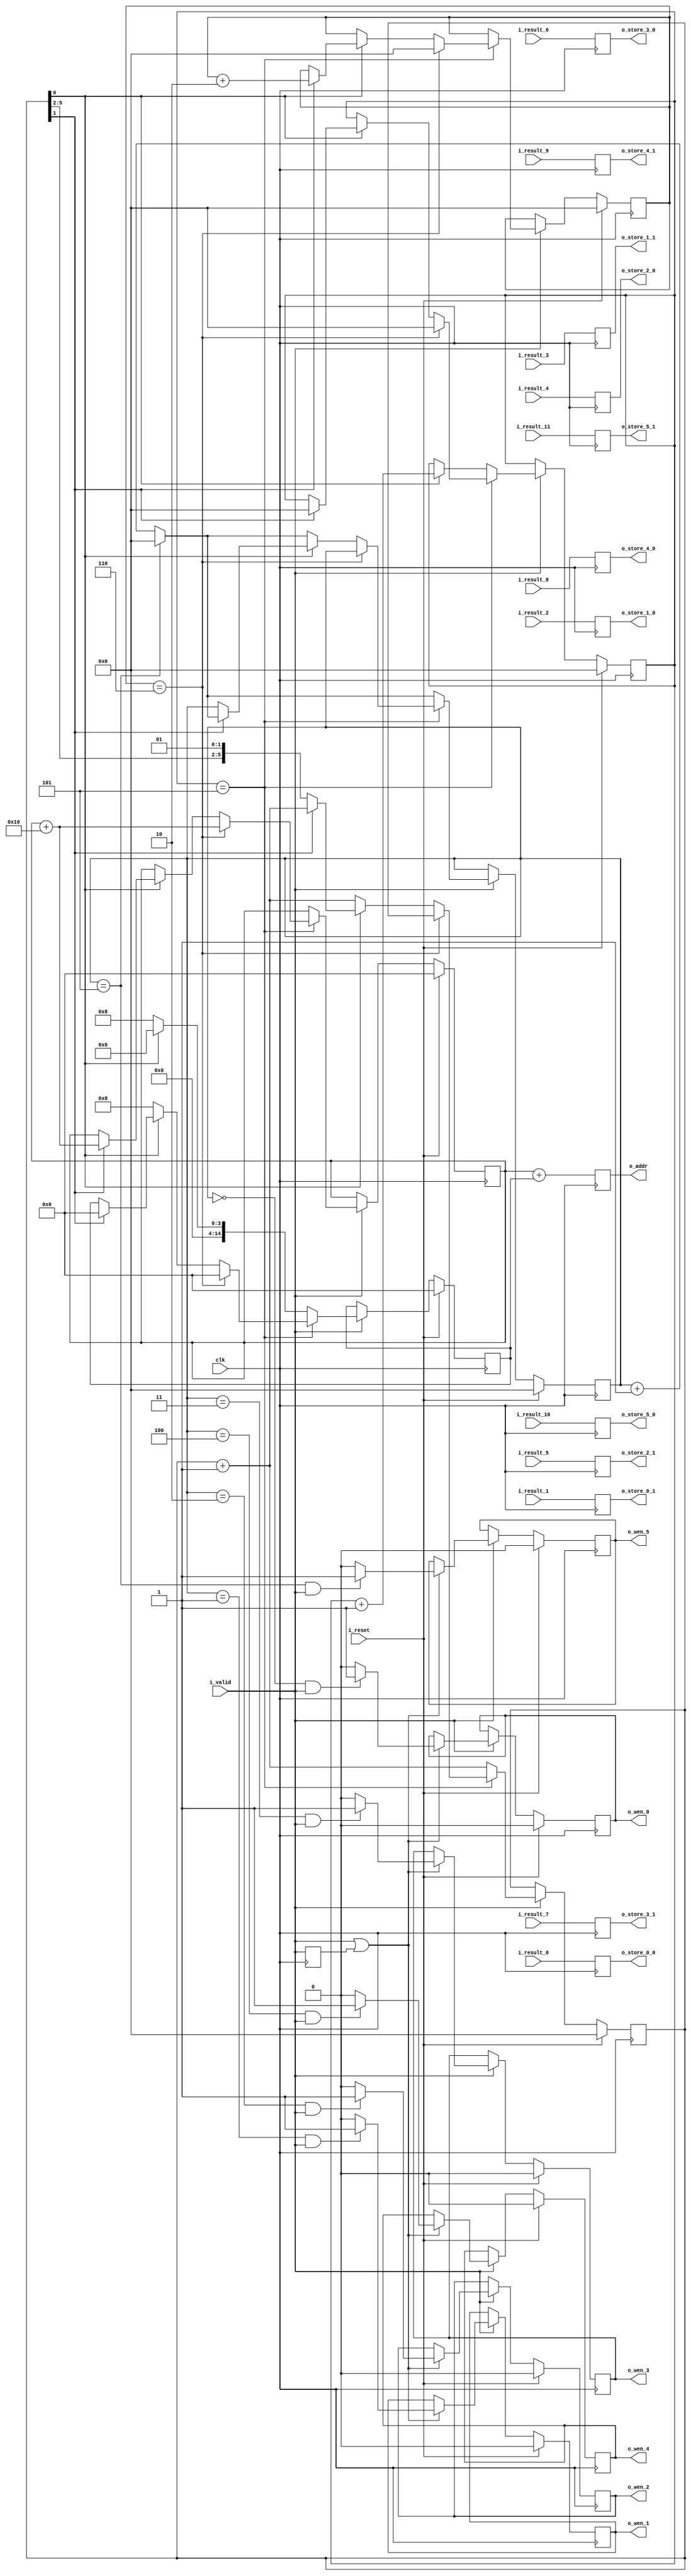
`define SIMULATION_MEMORY

module store_output (
	input clk,
	input i_valid,
	input i_reset,
	input [15:0] i_result_0,
	input [15:0] i_result_1,
	input [15:0] i_result_2,
	input [15:0] i_result_3,
	input [15:0] i_result_4,
	input [15:0] i_result_5,
	input [15:0] i_result_6,
	input [15:0] i_result_7,
	input [15:0] i_result_8,
	input [15:0] i_result_9,
	input [15:0] i_result_10,
	input [15:0] i_result_11,
	output [15:0] o_store_0_0,
	output [15:0] o_store_0_1,
	output [15:0] o_store_1_0,
	output [15:0] o_store_1_1,
	output [15:0] o_store_2_0,
	output [15:0] o_store_2_1,
	output [15:0] o_store_3_0,
	output [15:0] o_store_3_1,
	output [15:0] o_store_4_0,
	output [15:0] o_store_4_1,
	output [15:0] o_store_5_0,
	output [15:0] o_store_5_1,
	output o_wen_0,
	output o_wen_1,
	output o_wen_2,
	output o_wen_3,
	output o_wen_4,
	output o_wen_5,
	output [14:0] o_addr
);

reg wen_0;
reg wen_1;
reg wen_2;
reg wen_3;
reg wen_4;
reg wen_5;
reg [14:0] base_addr;
reg [14:0] offset;
reg [5:0] count;
reg [5:0] count_to_wvec;
reg [5:0] count_x;
reg [5:0] count_y;
reg valid;
reg [15:0] buffer_reg_0;
reg [15:0] buffer_reg_1;
reg [15:0] buffer_reg_2;
reg [15:0] buffer_reg_3;
reg [15:0] buffer_reg_4;
reg [15:0] buffer_reg_5;
reg [15:0] buffer_reg_6;
reg [15:0] buffer_reg_7;
reg [15:0] buffer_reg_8;
reg [15:0] buffer_reg_9;
reg [15:0] buffer_reg_10;
reg [15:0] buffer_reg_11;
reg [14:0] addr_reg;

wire [5:0] count_div_two;
assign count_div_two = count >> 1;
always @ (posedge clk) begin
	valid <= i_valid;
	buffer_reg_0 <= i_result_0;
	buffer_reg_1 <= i_result_1;
	buffer_reg_2 <= i_result_2;
	buffer_reg_3 <= i_result_3;
	buffer_reg_4 <= i_result_4;
	buffer_reg_5 <= i_result_5;
	buffer_reg_6 <= i_result_6;
	buffer_reg_7 <= i_result_7;
	buffer_reg_8 <= i_result_8;
	buffer_reg_9 <= i_result_9;
	buffer_reg_10 <= i_result_10;
	buffer_reg_11 <= i_result_11;
	addr_reg <= base_addr + offset;
	if (i_reset) begin
		count <= 0;
		count_to_wvec <= 0;
		base_addr <= 0;
		offset <= 0;
		count_x <= 0;
		count_y <= 0;
		wen_0 <= 1'b0;
		wen_1 <= 1'b0;
		wen_2 <= 1'b0;
		wen_3 <= 1'b0;
		wen_4 <= 1'b0;
		wen_5 <= 1'b0;
	end else if (i_valid) begin
		if (count_x == 5) begin
			if(count_y == 6)begin
				base_addr <= base_addr + 16;
				count_y <= 0;
				count_x <= 0;
				offset <= 0;
			end else begin
				if(count[0] == 1'b0) begin
					offset <= 8;
					count <= count + 1'b1;
					if(count_to_wvec == 5) begin
						count_to_wvec <= 0;
					end else begin
						count_to_wvec <= count_to_wvec + 1'b1;
					end
				end else if (count[1] == 1'b1) begin
					offset <= 0;
					base_addr <= base_addr + 16;
					count_x <= 0;
					count_y <= count_y + 2;
					count <= count + 1'b1;
					if(count_to_wvec == 5) begin
						count_to_wvec <= 0;
					end else begin
						count_to_wvec <= count_to_wvec + 1'b1;
					end
				end
			end
		end else if(count[0] == 1'b0) begin
			offset <= 8;
			count <= count + 1'b1;
			if(count_to_wvec == 5) begin
				count_to_wvec <= 0;
			end else begin
				count_to_wvec <= count_to_wvec + 1'b1;
			end
		end else if (count[0] == 1'b1) begin
			offset <= 0;
			count <= count + 1'b1;
			if(count_to_wvec == 5) begin
				count_to_wvec <= 0;
			end else begin
				count_to_wvec <= count_to_wvec + 1'b1;
			end
			count_x <= count_x + 1'b1;
		end
		if ((i_valid || valid) == 1'b1) begin
			if ((count_to_wvec == 0) && i_valid == 1) begin
				wen_0 <= 1'b1;
			end else begin
				wen_0 <= 1'b0;
			end
			if ((count_to_wvec == 1) && i_valid == 1) begin
				wen_1 <= 1'b1;
			end else begin
				wen_1 <= 1'b0;
			end
			if ((count_to_wvec == 2) && i_valid == 1) begin
				wen_2 <= 1'b1;
			end else begin
				wen_2 <= 1'b0;
			end
			if ((count_to_wvec == 3) && i_valid == 1) begin
				wen_3 <= 1'b1;
			end else begin
				wen_3 <= 1'b0;
			end
			if ((count_to_wvec == 4) && i_valid == 1) begin
				wen_4 <= 1'b1;
			end else begin
				wen_4 <= 1'b0;
			end
			if ((count_to_wvec == 5) && i_valid == 1) begin
				wen_5 <= 1'b1;
			end else begin
				wen_5 <= 1'b0;
			end
		end
	end
end

assign o_addr = addr_reg;
assign o_store_0_0 = buffer_reg_0;
assign o_store_1_0 = buffer_reg_2;
assign o_store_2_0 = buffer_reg_4;
assign o_store_3_0 = buffer_reg_6;
assign o_store_4_0 = buffer_reg_8;
assign o_store_5_0 = buffer_reg_10;
assign o_store_0_1 = buffer_reg_1;
assign o_store_1_1 = buffer_reg_3;
assign o_store_2_1 = buffer_reg_5;
assign o_store_3_1 = buffer_reg_7;
assign o_store_4_1 = buffer_reg_9;
assign o_store_5_1 = buffer_reg_11;

assign o_wen_0 = wen_0;
assign o_wen_1 = wen_1;
assign o_wen_2 = wen_2;
assign o_wen_3 = wen_3;
assign o_wen_4 = wen_4;
assign o_wen_5 = wen_5;

endmodule